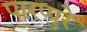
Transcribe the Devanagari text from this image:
पारप्पुरे